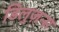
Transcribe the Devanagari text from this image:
डिलुज़न्स